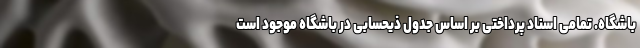
باشگاه. تمامی اسناد پرداختی بر اساس جدول ذیحسابی در باشگاه موجود است